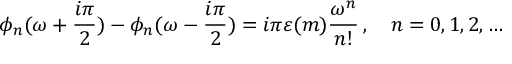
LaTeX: \phi _ { n } ( \omega + \frac { i \pi } { 2 } ) - \phi _ { n } ( \omega - \frac { i \pi } { 2 } ) = i \pi \varepsilon ( m ) \frac { \omega ^ { n } } { n ! } \, , \quad n = 0 , 1 , 2 , \dots